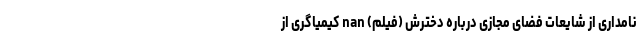
نامداری از شایعات فضای مجازی درباره دخترش (فیلم) nan کیمیاگری از